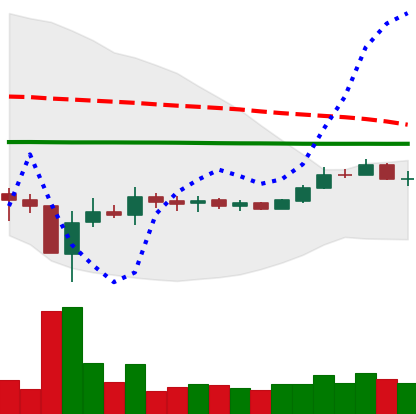
Ticker: BTC-USD
Chart end date: 2015-09-10
Forward return: -3.427%
Label: down_3_5